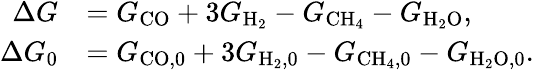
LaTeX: \begin{array}{rl}{\Delta G}&{=G_{\mathrm{CO}}+3G_{\mathrm{H_{2}}}-G_{\mathrm{CH_{4}}}-G_{\mathrm{H_{2}O}},}\\ {\Delta G_{0}}&{=G_{\mathrm{CO,0}}+3G_{\mathrm{H_{2},0}}-G_{\mathrm{CH_{4},0}}-G_{\mathrm{H_{2}O,0}}.}\end{array}